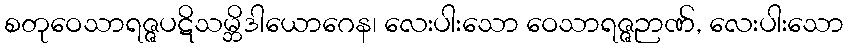
စတုဝေသာရဇ္ဇပဋိသမ္ဘိဒါယောဂေန၊ လေးပါးသော ဝေသာရဇ္ဇဉာဏ်, လေးပါးသော